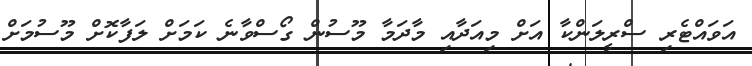
އަވައްޓެރި ސްރީލަންކާ އަށް މިއަދާއި މާދަމާ މޫސުން ގޯސްވާނެ ކަމަށް ލަފާކޮށް މޫސުމަށް